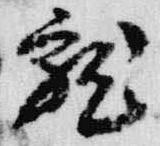
就